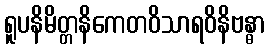
ရူပနိမိတ္တနိကေတဝိသာရဝိနိဗန္ဓာ